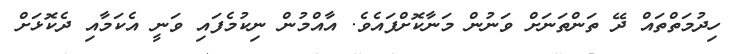
ހިދުމަތްތައް ދޭ ތަންތަނަށް ވަނުން މަނާކޮށްފައެވެ. އާއްމުން ނިކުމެފައި ވަނީ އެކަމާއި ދެކޮޅަށް